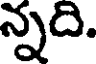
న్నది.